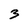
Character: 3